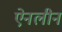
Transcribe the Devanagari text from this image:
ऐनलीन